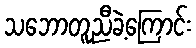
သဘောတူညီခဲ့ကြောင်း